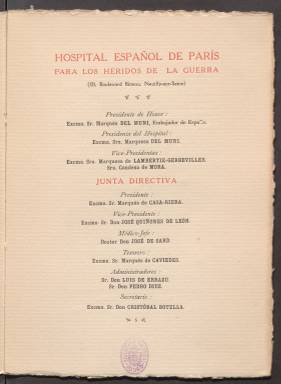
Título: Memoria, estadísticas y cuentas
Colección: Anuarios e informes
Ámbito geográfico: Francia
Lugar de publicación: París
Fechas: 01/01/1916-31/12/1917